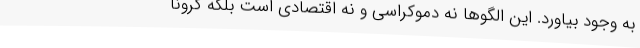
به وجود بیاورد. این الگوها نه دموکراسی و نه اقتصادی است بلکه کرونا